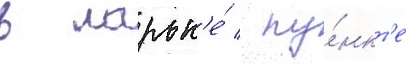
в ларьк'е́ / пу́нкт'е